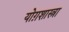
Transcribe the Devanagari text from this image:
योग़शास्त्रा